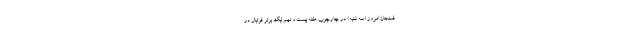
فسنجان امروز (سه شنبه) در چارچوب هفته بیست و نهم لیگ برتر فوتبال در